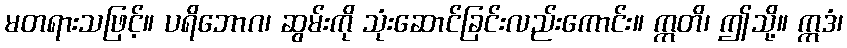
မတရားသဖြင့်။ ပရိဘောဂ၊ ဆွမ်းကို သုံးဆောင်ခြင်းလည်းကောင်း။ ဣတိ၊ ဤသို့။ ဣဒံ၊